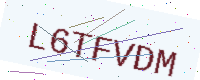
Text: L6TFVDM